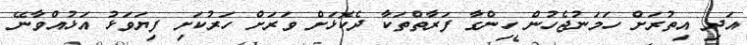
އަދި އިތުރަށް ހަމަނުޖެހުން ހިންގާ ފަރާތްތަކާ ދެކޮޅަށް ވަރަށް ހަރުކަށި ފިޔަވަޅު އަޅުއްވާނޭ